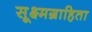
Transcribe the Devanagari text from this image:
सूक्ष्मग्राहिता